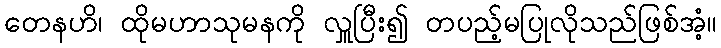
တေနဟိ၊ ထိုမဟာသုမနကို လှူပြီး၍ တပည့်မပြုလိုသည်ဖြစ်အံ့။